Distribution and causation of leprosy in British India
Year: 1875
Disease focus: Leprosy
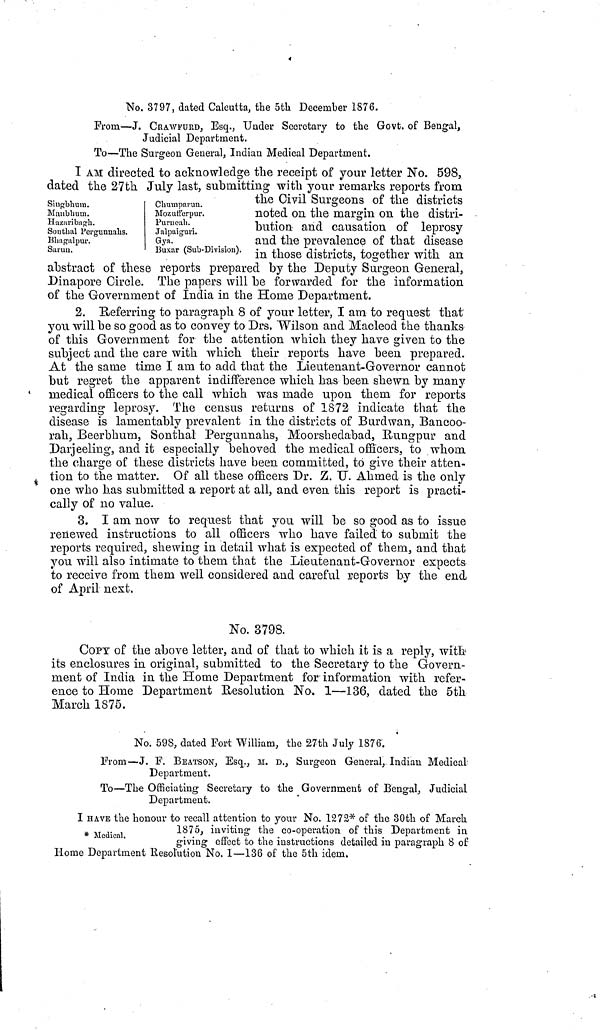
No. 3797, dated Calcutta, the 5fch December 1876.
Prom—J. CRAWFURD, Esq., Under Secretary to the Govt. of Bengal,
Judicial Department.
To—The Surgeon General, Indian Medical Department.
I AM directed to acknowledge the receipt of your letter No. 598,
dated the 27th. July last, submitting with your remarks reports from
Singbhum.
Manbhuui.
Hauaribagli.
Southal Pcrgunnalis.
Bhagalpur.
Saruu.
Chuinpanm.
Mozufferpur.
Puruoah.
J al pai gur i.
Gya.
Buxar (Sub-Division).
the Civil Surgeons of the districts
noted on the margin on the distri-
bution and causation of leprosy
and the prevalence of that disease
in those districts, together with an
abstract of these reports prepared by the Deputy Surgeon General,
Dinapore Circle. The papers will be forwarded for the information
of the Government of India in the Home Department.
2. Referring to paragraph 8 of your letter, I am to request that
you will be so good as to convey to Drs. Wilson and Macleod the thanks
of this Government for the attention which they have given to the
subject and the care with which, their reports have been prepared.
At the same time I am to add that the Lieutenant-Governor cannot
but regret the apparent indifference which has been shewn by many
medical officers to the call which was made upon them for reports
regarding leprosy. The census returns of 1872 indicate that the
disease is lamentably prevalent in the districts of Burdwan, Bancoo-
rah, Beerbhum, Sonthal Pergunnahs, Moorshedabad, B/ungpur and
Darjeeling, and it especially behoved the medical officers, to whom
the charge of these districts have been committed, to give their atten-
tion to the matter. Of all these officers Dr. Z. U. Ahmed is the only
one who has submitted a report at all, and even this report is practi-
cally of no value.
3. I am now to request that you will be so good as to issue
renewed instructions to all officers who have failed to submit the
reports required, shewing in detail what is expected of them, and that
you will also intimate to them that the Lieutenant-Governor expects
to receive from them well considered and careful reports by the end
of April next.
No. 3798.
COPT of the above letter, and of that to which it is a reply, with
its enclosures in original, submitted to the Secretary to the Govern-
ment of India in the Home Department for information with refer-
ence to Home Department Resolution No. 1—136, dated the 5th
March 1875.
No. 598, dated Fort William, the 27th July 1876.
From—J. F. BEATSON, Esq., ir. D., Surgeon General, Indian Medical
Department.
To—The Officiating Secretary to the Government of Bengal, Judicial
Department.
I HAVE the honour to recall attention to your No. 1272^ of the 30th of March
# Med; .
1875, inviting· the co-operation of this Department in
giving· effect to the instructions detailed in paragraph 8 of
Home Department Resolution No. 1—136 of the 5th idem.
I HAVE the honour to recall attention to your No. 1272^ of the 30th of March.